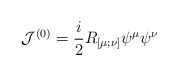
\begin{align*}{\cal J}^{(0)} = \frac i2 R_{[\mu;\nu]} \psi^\mu \psi^\nu\end{align*}